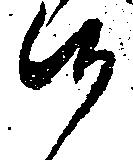
候